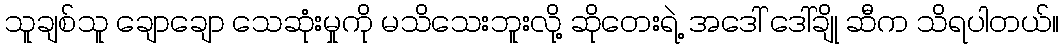
သူချစ်သူ ချောချော သေဆုံးမှုကို မသိသေးဘူးလို့ ဆိုတေးရဲ့ အဒေါ် ဒေါ်ချို ဆီက သိရပါတယ်။